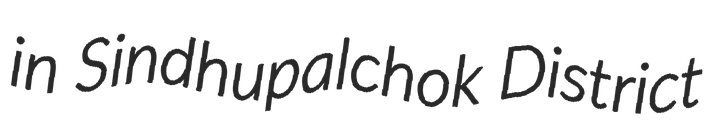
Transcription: in Sindhupalchok District